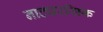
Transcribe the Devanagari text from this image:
नाट्यरसिक